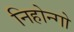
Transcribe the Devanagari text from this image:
निहोन्गो